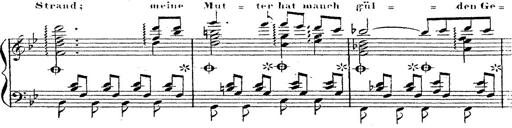
Title: 12 Lieder von Franz Schubert
Composer: Franz Liszt